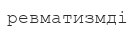
ревматизмді